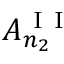
A _ { n _ { 2 } } ^ { \mathrm { ~ I ~ I ~ } }